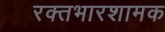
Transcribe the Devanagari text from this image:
रक्तभारशामक